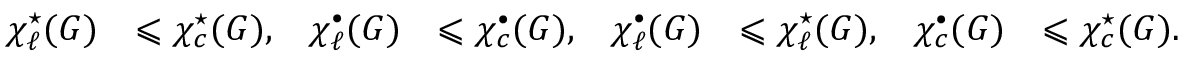
\begin{array} { r l r l r l r l } { \chi _ { \ell } ^ { \star } ( G ) } & { \leqslant \chi _ { c } ^ { \star } ( G ) , } & { \chi _ { \ell } ^ { \bullet } ( G ) } & { \leqslant \chi _ { c } ^ { \bullet } ( G ) , } & { \chi _ { \ell } ^ { \bullet } ( G ) } & { \leqslant \chi _ { \ell } ^ { \star } ( G ) , } & { \chi _ { c } ^ { \bullet } ( G ) } & { \leqslant \chi _ { c } ^ { \star } ( G ) . } \end{array}